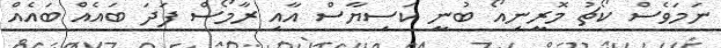
ނަމަވެސް ކޯޗު މޮރީނިއޯ ބުނީ ކަސިޔާސް އާއި ރާމޯސް ފަދަ ބައެއް ބައެއް